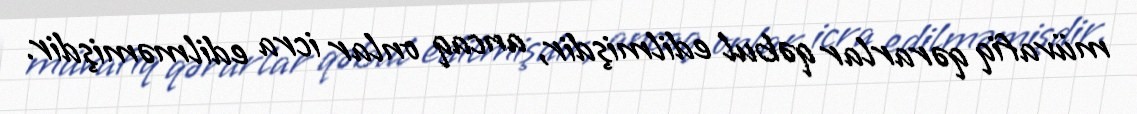
müvafiq qərarlar qəbul edilmişdir, ancaq onlar icra edilməmişdir.